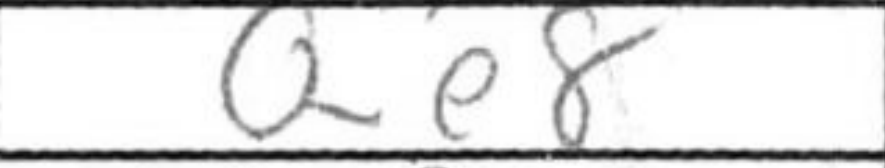
Transcription: Qe8